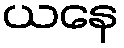
ယနေ